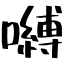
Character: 嚩